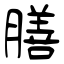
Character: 膳